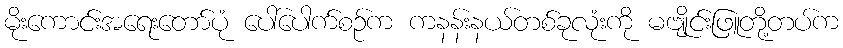
မိုးကောင်းအရေးတော်ပုံ ပေါ်ပေါက်စဉ်က ကနန်းနယ်တစ်ခုလုံးကို မဗျိုင်းဖြူတို့တပ်က